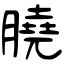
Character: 膮